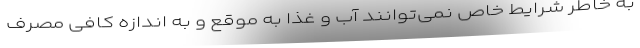
به خاطر شرایط خاص نمی‌توانند آب و غذا به موقع و به اندازه کافی مصرف